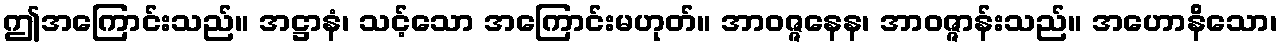
ဤအကြောင်းသည်။ အဋ္ဌာနံ၊ သင့်သော အကြောင်းမဟုတ်။ အာဝဇ္ဇနေန၊ အာဝဇ္ဇာန်းသည်။ အဟောနိသော၊